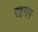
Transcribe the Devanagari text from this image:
रहमन